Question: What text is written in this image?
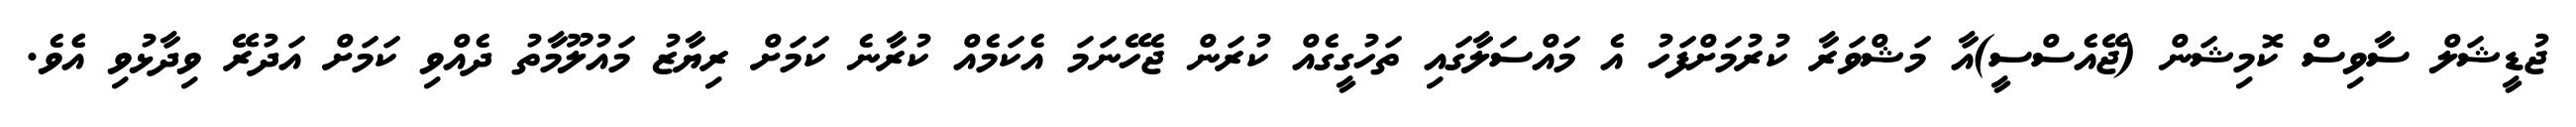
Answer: ޖުޑީޝަލް ސާވިސް ކޮމިޝަން (ޖޭއެސްސީ)އާ މަޝްވަރާ ކުރުމަށްފަހު އެ މައްސަލާގައި ތަހުގީގެއް ކުރަން ޖެހޭނަމަ އެކަމެއް ކުރާނެ ކަމަށް ރިޔާޒު މައުލޫމާތު ދެއްވި ކަމަށް އަދުރޭ ވިދާޅުވި އެެވެ.